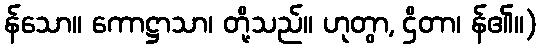
န်သော။ ကောဋ္ဌာသာ၊ တို့သည်။ ဟုတွာ, ဌိတာ၊ န်၏။)